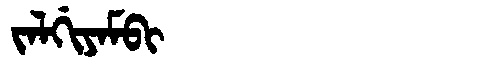
Manchu: ᠵᠠᠯᡤᡳᠶᠠᠮᠪᡳ
Romanization: JALGIYAMBI